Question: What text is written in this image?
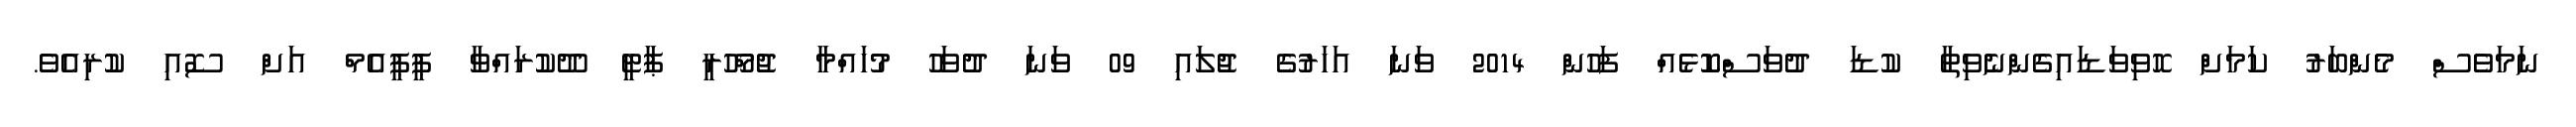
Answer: ނަމަވެސް މެންބަރު ކަމަށް ހޮވިވަޑައިގެންނެވިތާ ކުޑަ ދުވަސްކޮޅެއް ފަހުން 2014 ވަނަ އަހަރުގެ ޖުލައި 09 ވަނަ ދުވަހު މުހައްމާ ޖުމްހޫރީ ޕާޓީ ދޫކުރައްވާ ޕީޕީއެމް އަށް ސޮއި ކުރިއެވެ.